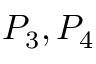
P _ { 3 } , P _ { 4 }